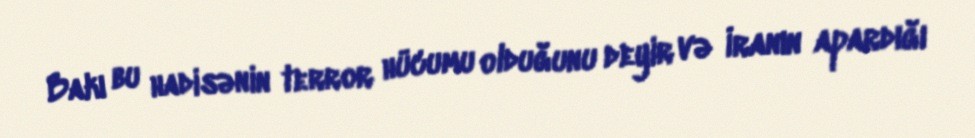
Bakı bu hadisənin terror hücumu olduğunu deyir və İranın apardığı